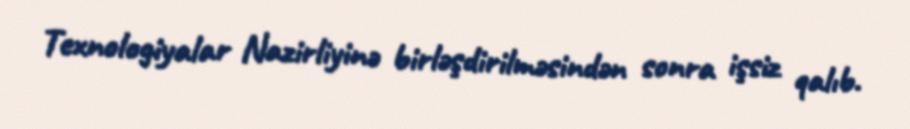
Texnologiyalar Nazirliyinə birləşdirilməsindən sonra işsiz qalıb.